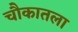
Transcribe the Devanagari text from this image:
चौकातला